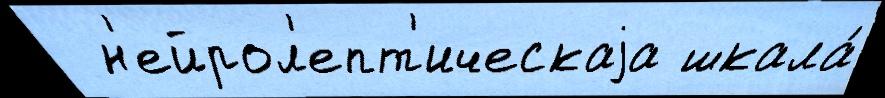
  н'ейрол'епт'ическаjа шкала́